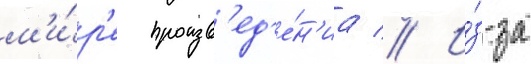
м'и́р'е произв'ед'е́н'иа // И́з-за